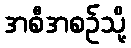
အစီအစဉ်သို့